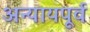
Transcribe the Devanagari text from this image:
अन्यायपूर्व